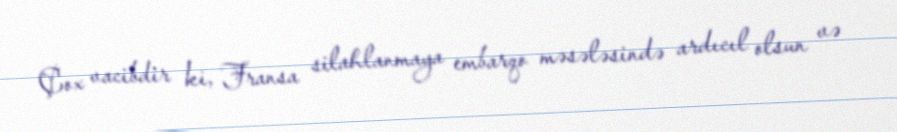
Çox vacibdir ki, Fransa silahlanmaya embarqo məsələsində ardıcıl olsun və